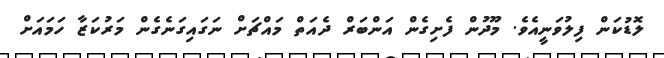
ލޮޑުކަން ފިލުވަނީއެވެ. މޫދުން ފެށިގެން އަންބަރް ދެއަތް މައްޗަށް ނަގައިގަނެގެން މަރުކަޒާ ހަމައަށް